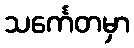
သင်္ကေတမှာ